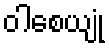
ဝါစေယျုံ